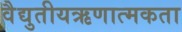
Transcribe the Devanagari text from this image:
वैद्युतीयऋणात्मकता